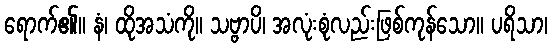
ရောက်၏။ နံ၊ ထိုအသံကို။ သဗ္ဗာပိ၊ အလုံးစုံလည်းဖြစ်ကုန်သော။ ပရိသာ၊